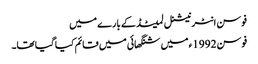
فوسن انٹرنیشنل لمیٹڈ کے بارے میں
فوسن 1992ء میں شنگھائی میں قائم کیا گیا تھا۔